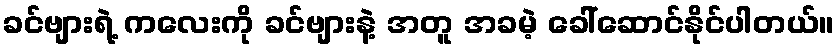
ခင်ဗျားရဲ့ ကလေးကို ခင်ဗျားနဲ့ အတူ အခမဲ့ ခေါ်ဆောင်နိုင်ပါတယ်။